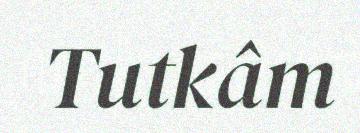
Tutkâm